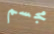
مجسم